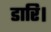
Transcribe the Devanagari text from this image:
डारि।